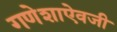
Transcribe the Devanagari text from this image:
गणेशाऐवजी